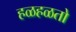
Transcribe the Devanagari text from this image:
हळहळतो